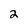
Character: 2